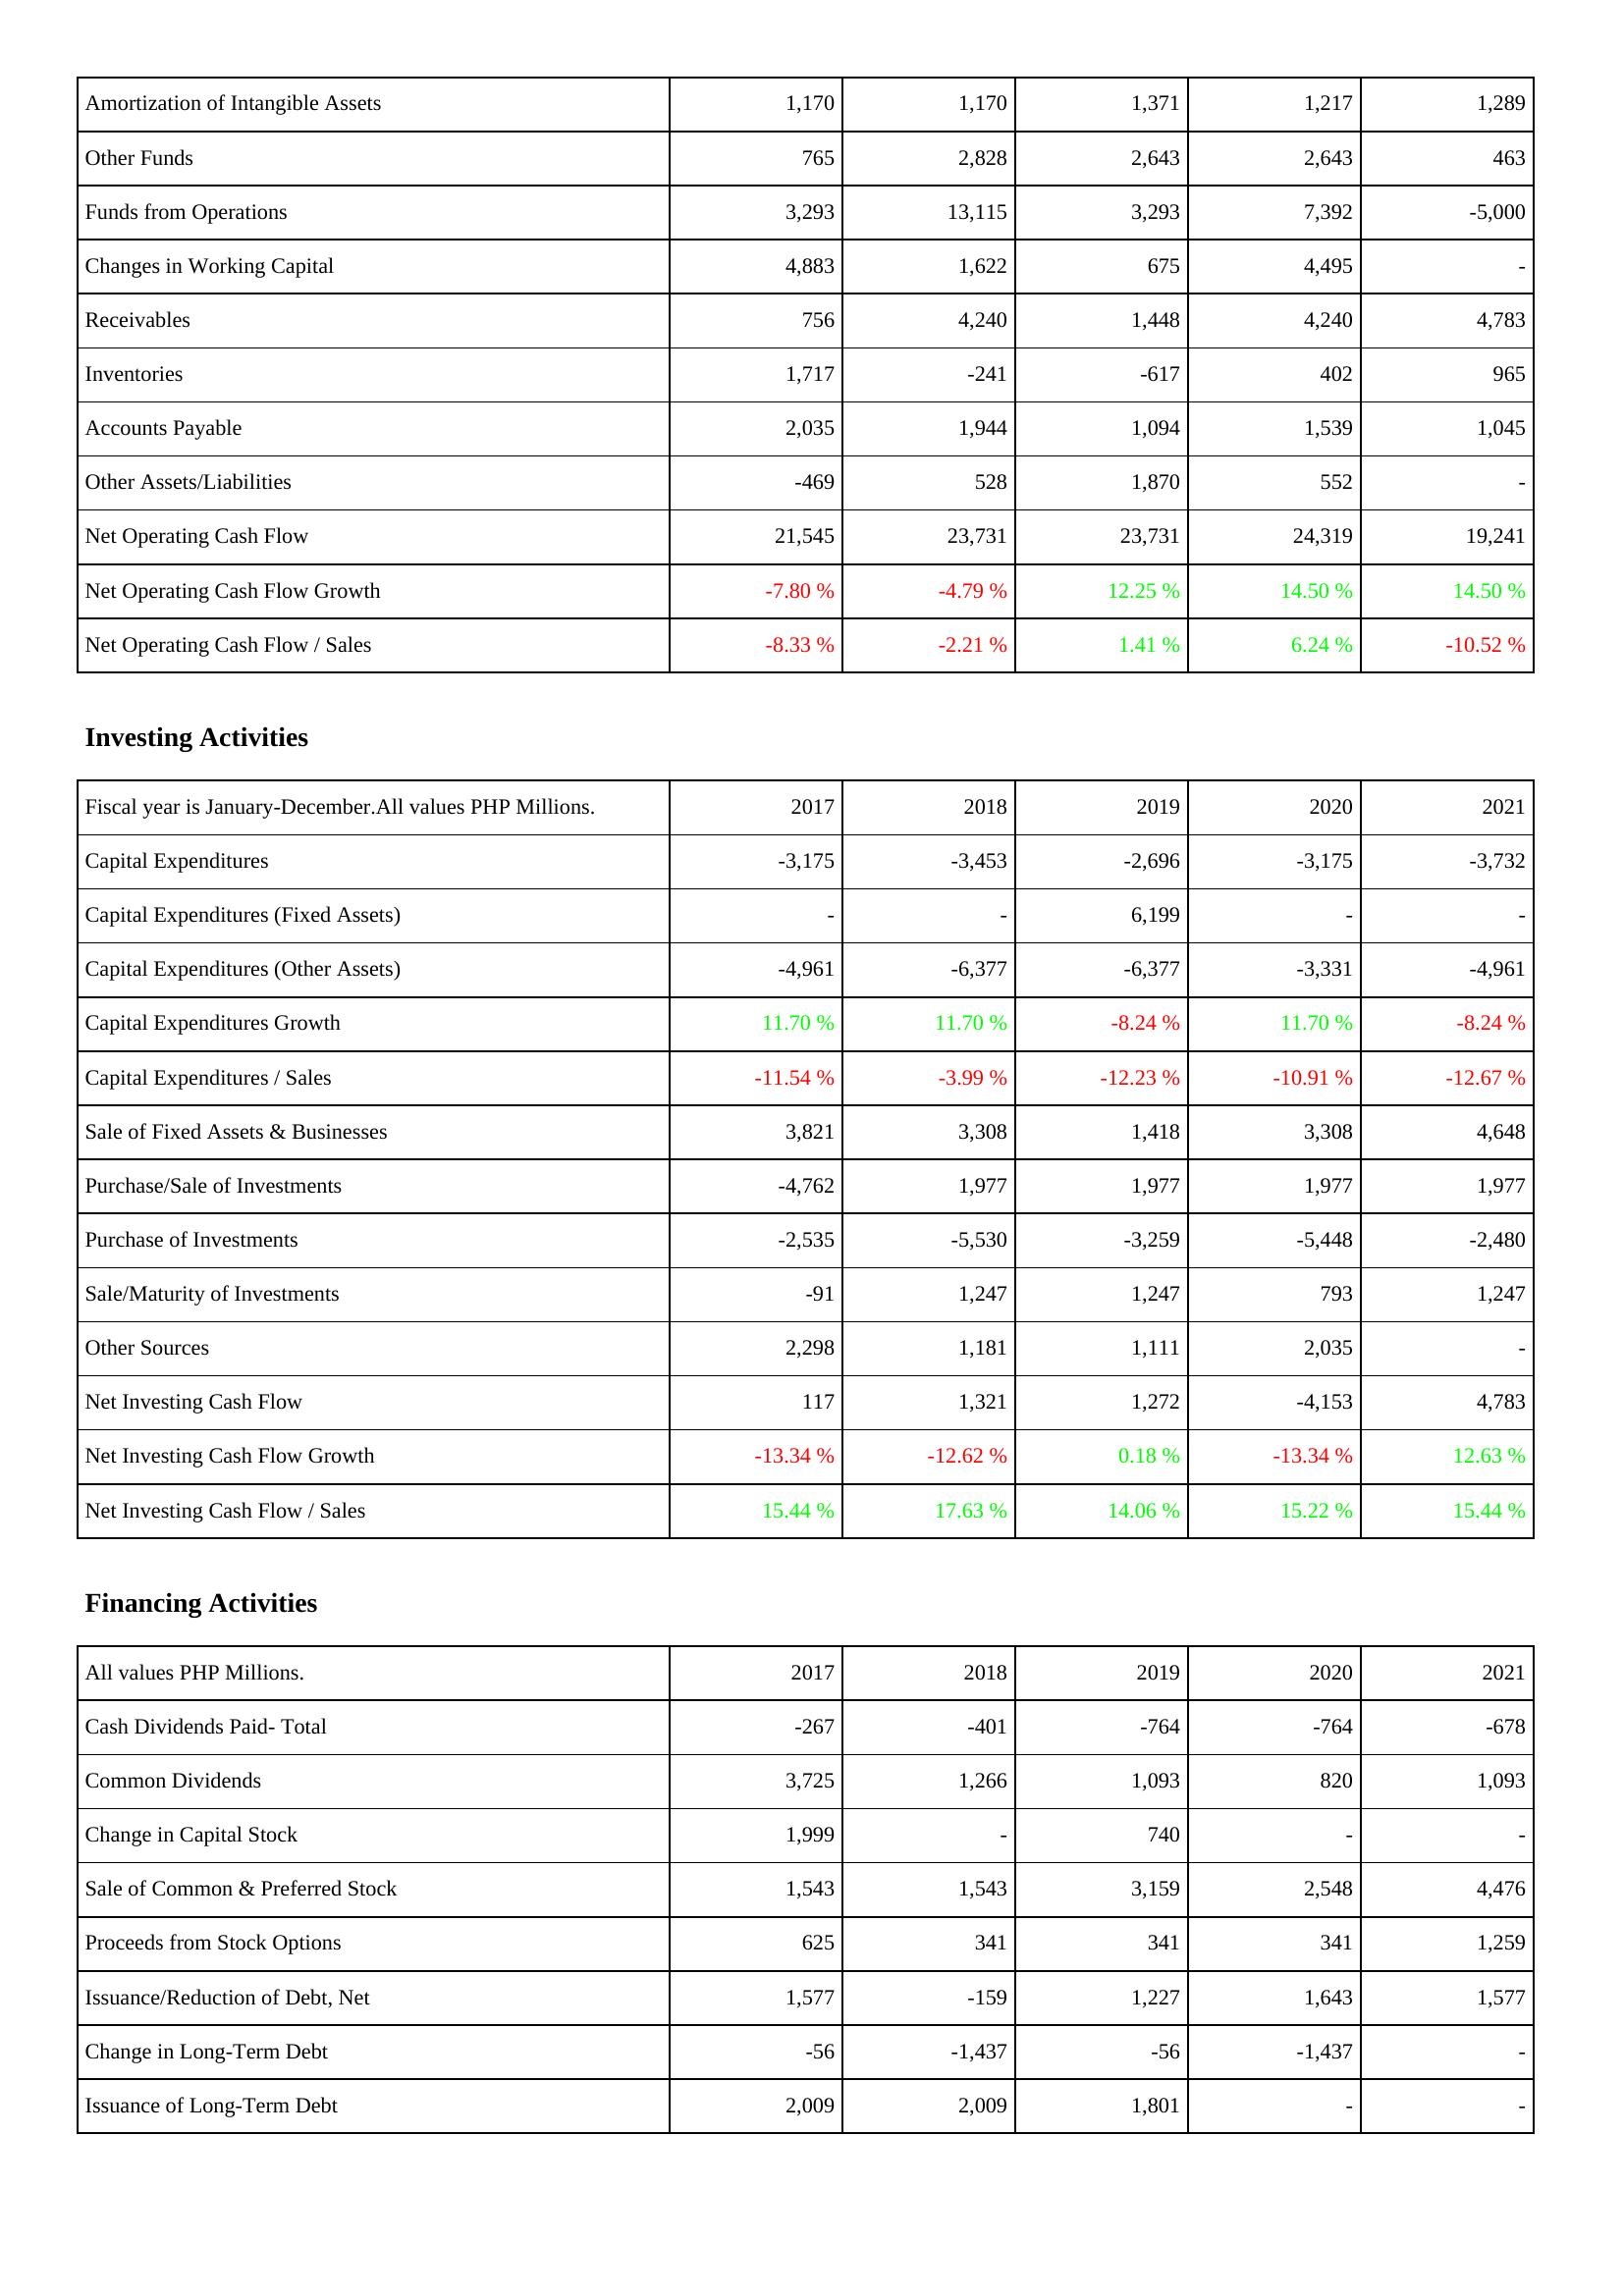
2017: Operating Activities: Amortization of Intangible Assets: 1,170
Other Funds: 765
Funds from Operations: 3,293
Changes in Working Capital: 4,883
Receivables: 756
Inventories: 1,717
Accounts Payable: 2,035
Other Assets/Liabilities: -469
Net Operating Cash Flow: 21,545
Net Operating Cash Flow Growth: -7.80 %
Net Operating Cash Flow / Sales: -8.33 %
Investing Activities: Capital Expenditures: -3,175
Capital Expenditures (Fixed Assets): -
Capital Expenditures (Other Assets): -4,961
Capital Expenditures Growth: 11.70 %
Capital Expenditures / Sales: -11.54 %
Sale of Fixed Assets & Businesses: 3,821
Purchase/Sale of Investments: -4,762
Purchase of Investments: -2,535
Sale/Maturity of Investments: -91
Other Sources: 2,298
Net Investing Cash Flow: 117
Net Investing Cash Flow Growth: -13.34 %
Net Investing Cash Flow / Sales: 15.44 %
Financing Activities: Cash Dividends Paid- Total: -267
Common Dividends: 3,725
Change in Capital Stock: 1,999
Sale of Common & Preferred Stock: 1,543
Proceeds from Stock Options: 625
Issuance/Reduction of Debt, Net: 1,577
Change in Long-Term Debt: -56
Issuance of Long-Term Debt: 2,009
2018: Operating Activities: Amortization of Intangible Assets: 1,170
Other Funds: 2,828
Funds from Operations: 13,115
Changes in Working Capital: 1,622
Receivables: 4,240
Inventories: -241
Accounts Payable: 1,944
Other Assets/Liabilities: 528
Net Operating Cash Flow: 23,731
Net Operating Cash Flow Growth: -4.79 %
Net Operating Cash Flow / Sales: -2.21 %
Investing Activities: Capital Expenditures: -3,453
Capital Expenditures (Fixed Assets): -
Capital Expenditures (Other Assets): -6,377
Capital Expenditures Growth: 11.70 %
Capital Expenditures / Sales: -3.99 %
Sale of Fixed Assets & Businesses: 3,308
Purchase/Sale of Investments: 1,977
Purchase of Investments: -5,530
Sale/Maturity of Investments: 1,247
Other Sources: 1,181
Net Investing Cash Flow: 1,321
Net Investing Cash Flow Growth: -12.62 %
Net Investing Cash Flow / Sales: 17.63 %
Financing Activities: Cash Dividends Paid- Total: -401
Common Dividends: 1,266
Change in Capital Stock: -
Sale of Common & Preferred Stock: 1,543
Proceeds from Stock Options: 341
Issuance/Reduction of Debt, Net: -159
Change in Long-Term Debt: -1,437
Issuance of Long-Term Debt: 2,009
2019: Operating Activities: Amortization of Intangible Assets: 1,371
Other Funds: 2,643
Funds from Operations: 3,293
Changes in Working Capital: 675
Receivables: 1,448
Inventories: -617
Accounts Payable: 1,094
Other Assets/Liabilities: 1,870
Net Operating Cash Flow: 23,731
Net Operating Cash Flow Growth: 12.25 %
Net Operating Cash Flow / Sales: 1.41 %
Investing Activities: Capital Expenditures: -2,696
Capital Expenditures (Fixed Assets): 6,199
Capital Expenditures (Other Assets): -6,377
Capital Expenditures Growth: -8.24 %
Capital Expenditures / Sales: -12.23 %
Sale of Fixed Assets & Businesses: 1,418
Purchase/Sale of Investments: 1,977
Purchase of Investments: -3,259
Sale/Maturity of Investments: 1,247
Other Sources: 1,111
Net Investing Cash Flow: 1,272
Net Investing Cash Flow Growth: 0.18 %
Net Investing Cash Flow / Sales: 14.06 %
Financing Activities: Cash Dividends Paid- Total: -764
Common Dividends: 1,093
Change in Capital Stock: 740
Sale of Common & Preferred Stock: 3,159
Proceeds from Stock Options: 341
Issuance/Reduction of Debt, Net: 1,227
Change in Long-Term Debt: -56
Issuance of Long-Term Debt: 1,801
2020: Operating Activities: Amortization of Intangible Assets: 1,217
Other Funds: 2,643
Funds from Operations: 7,392
Changes in Working Capital: 4,495
Receivables: 4,240
Inventories: 402
Accounts Payable: 1,539
Other Assets/Liabilities: 552
Net Operating Cash Flow: 24,319
Net Operating Cash Flow Growth: 14.50 %
Net Operating Cash Flow / Sales: 6.24 %
Investing Activities: Capital Expenditures: -3,175
Capital Expenditures (Fixed Assets): -
Capital Expenditures (Other Assets): -3,331
Capital Expenditures Growth: 11.70 %
Capital Expenditures / Sales: -10.91 %
Sale of Fixed Assets & Businesses: 3,308
Purchase/Sale of Investments: 1,977
Purchase of Investments: -5,448
Sale/Maturity of Investments: 793
Other Sources: 2,035
Net Investing Cash Flow: -4,153
Net Investing Cash Flow Growth: -13.34 %
Net Investing Cash Flow / Sales: 15.22 %
Financing Activities: Cash Dividends Paid- Total: -764
Common Dividends: 820
Change in Capital Stock: -
Sale of Common & Preferred Stock: 2,548
Proceeds from Stock Options: 341
Issuance/Reduction of Debt, Net: 1,643
Change in Long-Term Debt: -1,437
Issuance of Long-Term Debt: -
2021: Operating Activities: Amortization of Intangible Assets: 1,289
Other Funds: 463
Funds from Operations: -5,000
Changes in Working Capital: -
Receivables: 4,783
Inventories: 965
Accounts Payable: 1,045
Other Assets/Liabilities: -
Net Operating Cash Flow: 19,241
Net Operating Cash Flow Growth: 14.50 %
Net Operating Cash Flow / Sales: -10.52 %
Investing Activities: Capital Expenditures: -3,732
Capital Expenditures (Fixed Assets): -
Capital Expenditures (Other Assets): -4,961
Capital Expenditures Growth: -8.24 %
Capital Expenditures / Sales: -12.67 %
Sale of Fixed Assets & Businesses: 4,648
Purchase/Sale of Investments: 1,977
Purchase of Investments: -2,480
Sale/Maturity of Investments: 1,247
Other Sources: -
Net Investing Cash Flow: 4,783
Net Investing Cash Flow Growth: 12.63 %
Net Investing Cash Flow / Sales: 15.44 %
Financing Activities: Cash Dividends Paid- Total: -678
Common Dividends: 1,093
Change in Capital Stock: -
Sale of Common & Preferred Stock: 4,476
Proceeds from Stock Options: 1,259
Issuance/Reduction of Debt, Net: 1,577
Change in Long-Term Debt: -
Issuance of Long-Term Debt: -